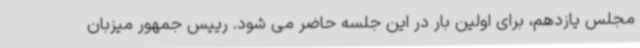
مجلس یازدهم، برای اولین بار در این جلسه حاضر می شود. رییس جمهور میزبان